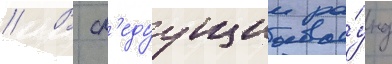
// В сл'едуущии ра́унд